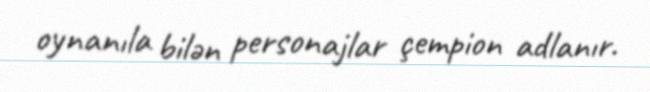
oynanıla bilən personajlar çempion adlanır.